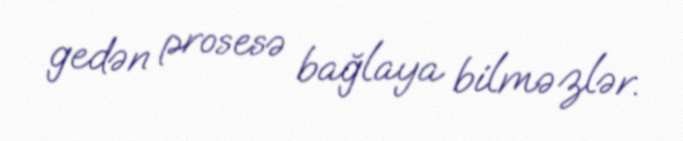
gedən prosesə bağlaya bilməzlər.